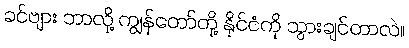
ခင်ဗျား ဘာလို့ ကျွန်တော်တို့ နိုင်ငံကို သွားချင်တာလဲ။